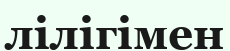
лілігімен